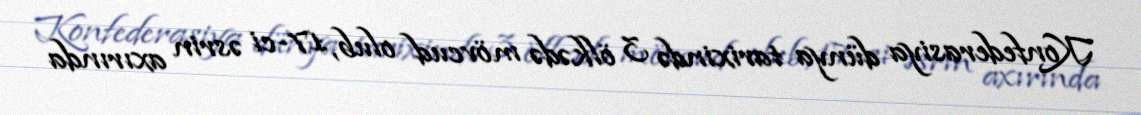
Konfederasiya dünya tarixində 3 ölkədə mövcud olub, 17-ci əsrin axırında